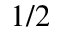
1 / 2